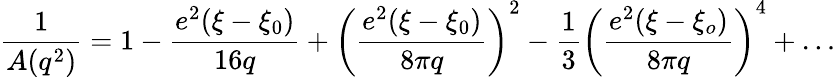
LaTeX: \frac{1}{A(q^{2})}=1-\frac{e^{2}(\xi-\xi_{0})}{16q}+\left(\frac{e^{2}(\xi-\xi_{0})}{8\pi q}\right)^{2}-\frac{1}{3}\left(\frac{e^{2}(\xi-\xi_{o})}{8\pi q}\right)^{4}+\ldots